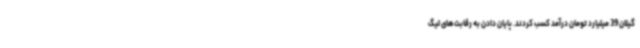
گیلان 39 میلیارد تومان درآمد کسب کردند. پایان دادن به رقابت‌های لیگ